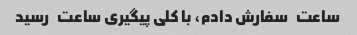
ساعت   سفارش دادم، با کلی پیگیری ساعت   رسید